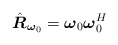
\begin{align*}\hat{\boldsymbol R}_{\boldsymbol\omega_0}=\boldsymbol\omega_0\boldsymbol \omega_0^H\end{align*}